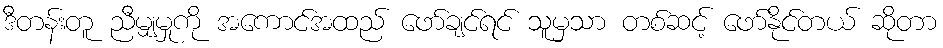
ဒီတန်းတူ ညီမျှမှုကို အကောင်အထည် ဖော်ချင်ရင် သူမှသာ တစ်ဆင့် ဖော်နိုင်တယ် ဆိုတာ